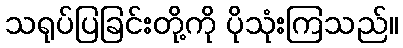
သရုပ်ပြခြင်းတို့ကို ပိုသုံးကြသည်။